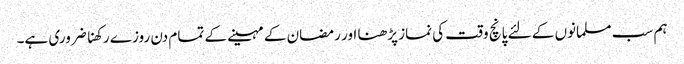
ہم سب مسلمانوں کے لئے پانچ وقت کی نماز پڑھنا اور رمضان کے مہینے کے تمام دن روزے رکھنا ضروری ہے۔